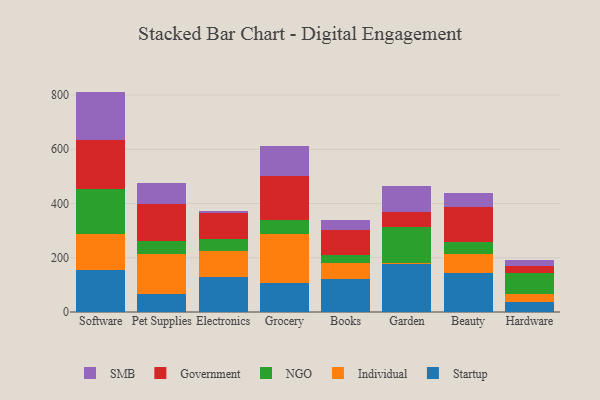
{"axis": {"x": "Category", "y": "Latency (ms)"}, "legend": ["Government", "Individual", "NGO", "SMB", "Startup"], "data": [{"x": "Software", "y": 153.7, "type": "Startup"}, {"x": "Software", "y": 132.3, "type": "Individual"}, {"x": "Software", "y": 169.3, "type": "NGO"}, {"x": "Software", "y": 177.9, "type": "Government"}, {"x": "Software", "y": 179.5, "type": "SMB"}, {"x": "Pet Supplies", "y": 66.4, "type": "Startup"}, {"x": "Pet Supplies", "y": 146.6, "type": "Individual"}, {"x": "Pet Supplies", "y": 49.4, "type": "NGO"}, {"x": "Pet Supplies", "y": 137.2, "type": "Government"}, {"x": "Pet Supplies", "y": 74.9, "type": "SMB"}, {"x": "Electronics", "y": 129.8, "type": "Startup"}, {"x": "Electronics", "y": 95.9, "type": "Individual"}, {"x": "Electronics", "y": 44.7, "type": "NGO"}, {"x": "Electronics", "y": 95.7, "type": "Government"}, {"x": "Electronics", "y": 7.0, "type": "SMB"}, {"x": "Grocery", "y": 107.7, "type": "Startup"}, {"x": "Grocery", "y": 178.4, "type": "Individual"}, {"x": "Grocery", "y": 52.7, "type": "NGO"}, {"x": "Grocery", "y": 163.1, "type": "Government"}, {"x": "Grocery", "y": 111.4, "type": "SMB"}, {"x": "Books", "y": 121.1, "type": "Startup"}, {"x": "Books", "y": 60.8, "type": "Individual"}, {"x": "Books", "y": 29.6, "type": "NGO"}, {"x": "Books", "y": 90.7, "type": "Government"}, {"x": "Books", "y": 37.4, "type": "SMB"}, {"x": "Garden", "y": 175.6, "type": "Startup"}, {"x": "Garden", "y": 5.4, "type": "Individual"}, {"x": "Garden", "y": 134.1, "type": "NGO"}, {"x": "Garden", "y": 55.4, "type": "Government"}, {"x": "Garden", "y": 95.2, "type": "SMB"}, {"x": "Beauty", "y": 142.8, "type": "Startup"}, {"x": "Beauty", "y": 70.9, "type": "Individual"}, {"x": "Beauty", "y": 45.5, "type": "NGO"}, {"x": "Beauty", "y": 129.5, "type": "Government"}, {"x": "Beauty", "y": 50.3, "type": "SMB"}, {"x": "Hardware", "y": 37.5, "type": "Startup"}, {"x": "Hardware", "y": 28.1, "type": "Individual"}, {"x": "Hardware", "y": 79.6, "type": "NGO"}, {"x": "Hardware", "y": 22.6, "type": "Government"}, {"x": "Hardware", "y": 24.8, "type": "SMB"}]}